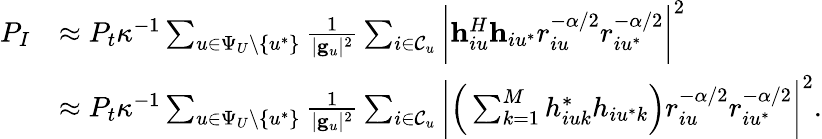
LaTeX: \begin{array}{rl}{P_{I}}&{\approx P_{t}\kappa^{-1}\sum_{u\in\Psi_{U}\backslash\{ u^{*}\} }\frac{1}{|\mathbf{g}_{u}|^{2}}\sum_{i\in\mathcal{C}_{u}}\bigg|\mathbf{h}_{iu}^{H}\mathbf{h}_{iu^{*}}r_{iu}^{-\alpha/2}r_{iu^{*}}^{-\alpha/2}\bigg|^{2}}\\ &{\approx P_{t}\kappa^{-1}\sum_{u\in\Psi_{U}\backslash\{ u^{*}\} }\frac{1}{|\mathbf{g}_{u}|^{2}}\sum_{i\in\mathcal{C}_{u}}\bigg|\Big(\sum_{k=1}^{M}h_{iuk}^{*}h_{iu^{*}k}\Big)r_{iu}^{-\alpha/2}r_{iu^{*}}^{-\alpha/2}\bigg|^{2}.}\end{array}